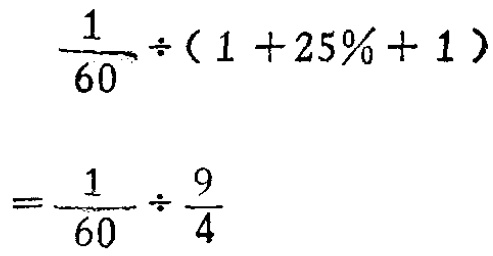
\[

\frac{1}{60} \div (1 + 25\%+ 1 ) \\

= \frac{1}{60} \div \frac{9}{4}

\]